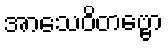
အာသေဝိတဗ္ဗော